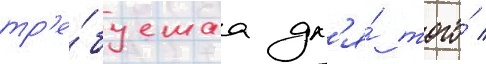
тр'е́буемаа дл'я́ того́ /